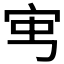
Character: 𡧥